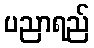
ပညာရည်